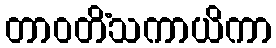
တာဝတိံသကာယိကာ